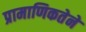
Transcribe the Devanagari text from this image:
प्रामाणिकतेने